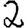
Digit: 2